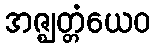
အဇ္ဈတ္တံယေဝ